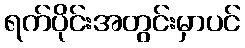
ရက်ပိုင်းအတွင်းမှာပင်